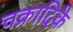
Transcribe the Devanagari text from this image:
चक्रादिके